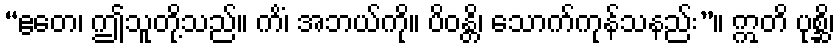
“ဧတေ၊ ဤသူတို့သည်။ ကိံ၊ အဘယ်ကို။ ပိဝန္တိ၊ သောက်ကုန်သနည်း”။ ဣတိ ပုစ္ဆိ၊